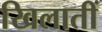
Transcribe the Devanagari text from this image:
खिलातीं